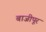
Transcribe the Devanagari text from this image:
बाजीपूर